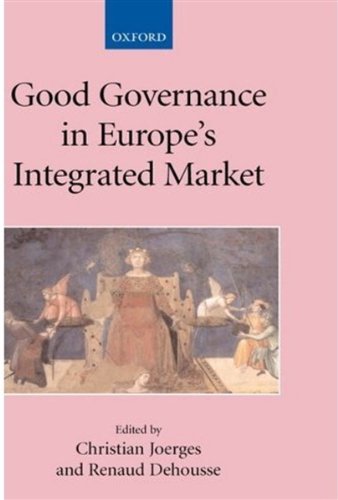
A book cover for Good Governance in Europe's Integrated Market (Collected Courses of the Academy of European Law); Law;